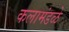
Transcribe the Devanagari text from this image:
कलामंडळे